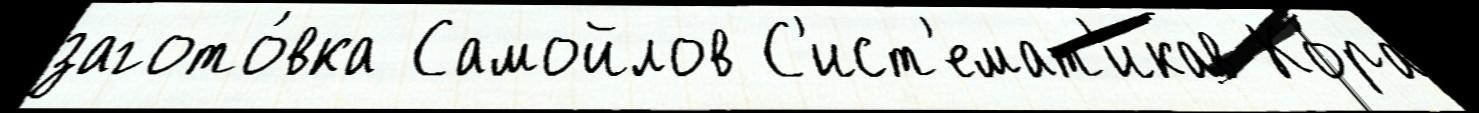
загото́вка Самойлов С'ист'емат'икав Ко́ра